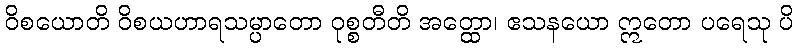
ဝိစယောတိ ဝိစယဟာရသမ္ပာတော ဝုစ္စတီတိ အတ္ထော၊ ဧသနယော ဣတော ပရေသု ပိ